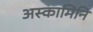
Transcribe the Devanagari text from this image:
अस्कामिनि